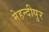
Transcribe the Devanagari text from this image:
मेहन्दीपुर